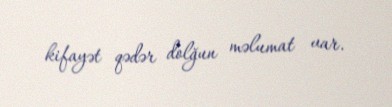
kifayət qədər dolğun məlumat var.